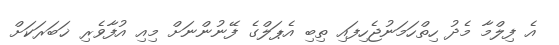
އެ ފިލްމާ މެދު ހިތްހަމަނުޖެހިފައި ތިބި އެޕަލްގެ ފޭނުންނަށް މިއި އުފާވެރި ޚަބަރަކަށް